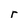
Character: r